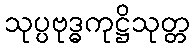
သုပ္ပဗုဒ္ဓကုဋ္ဌိသုတ္တ